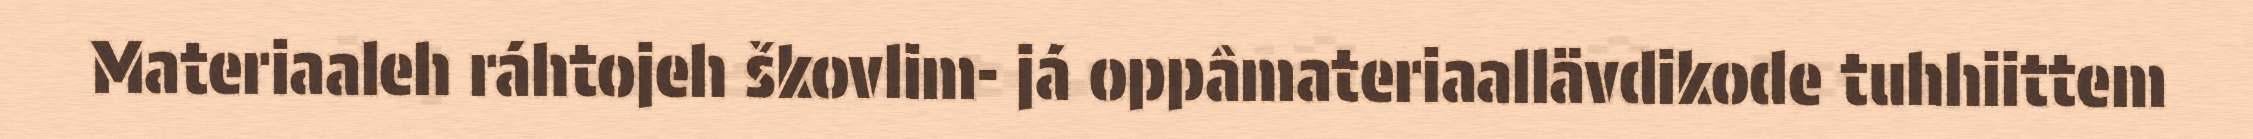
Materiaaleh ráhtojeh škovlim- já oppâmateriaallävdikode tuhhiittem